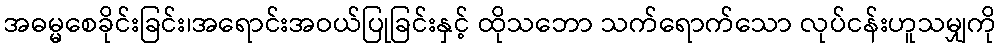
အဓမ္မစေခိုင်းခြင်း၊အရောင်းအဝယ်ပြုခြင်းနှင့် ထိုသဘော သက်ရောက်သော လုပ်ငန်းဟူသမျှကို